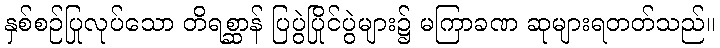
နှစ်စဉ်ပြုလုပ်သော တိရစ္ဆာန် ပြပွဲပြိုင်ပွဲများ၌ မကြာခဏ ဆုများရတတ်သည်။